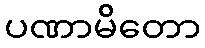
ပဏာမိတော